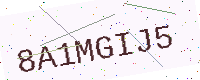
Text: 8A1MGIJ5